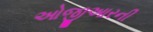
ઓજીઆરની